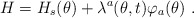
\begin{align*}H=H_s(\theta)+\lambda ^a(\theta,t) \varphi _a(\theta )\ .\end{align*}